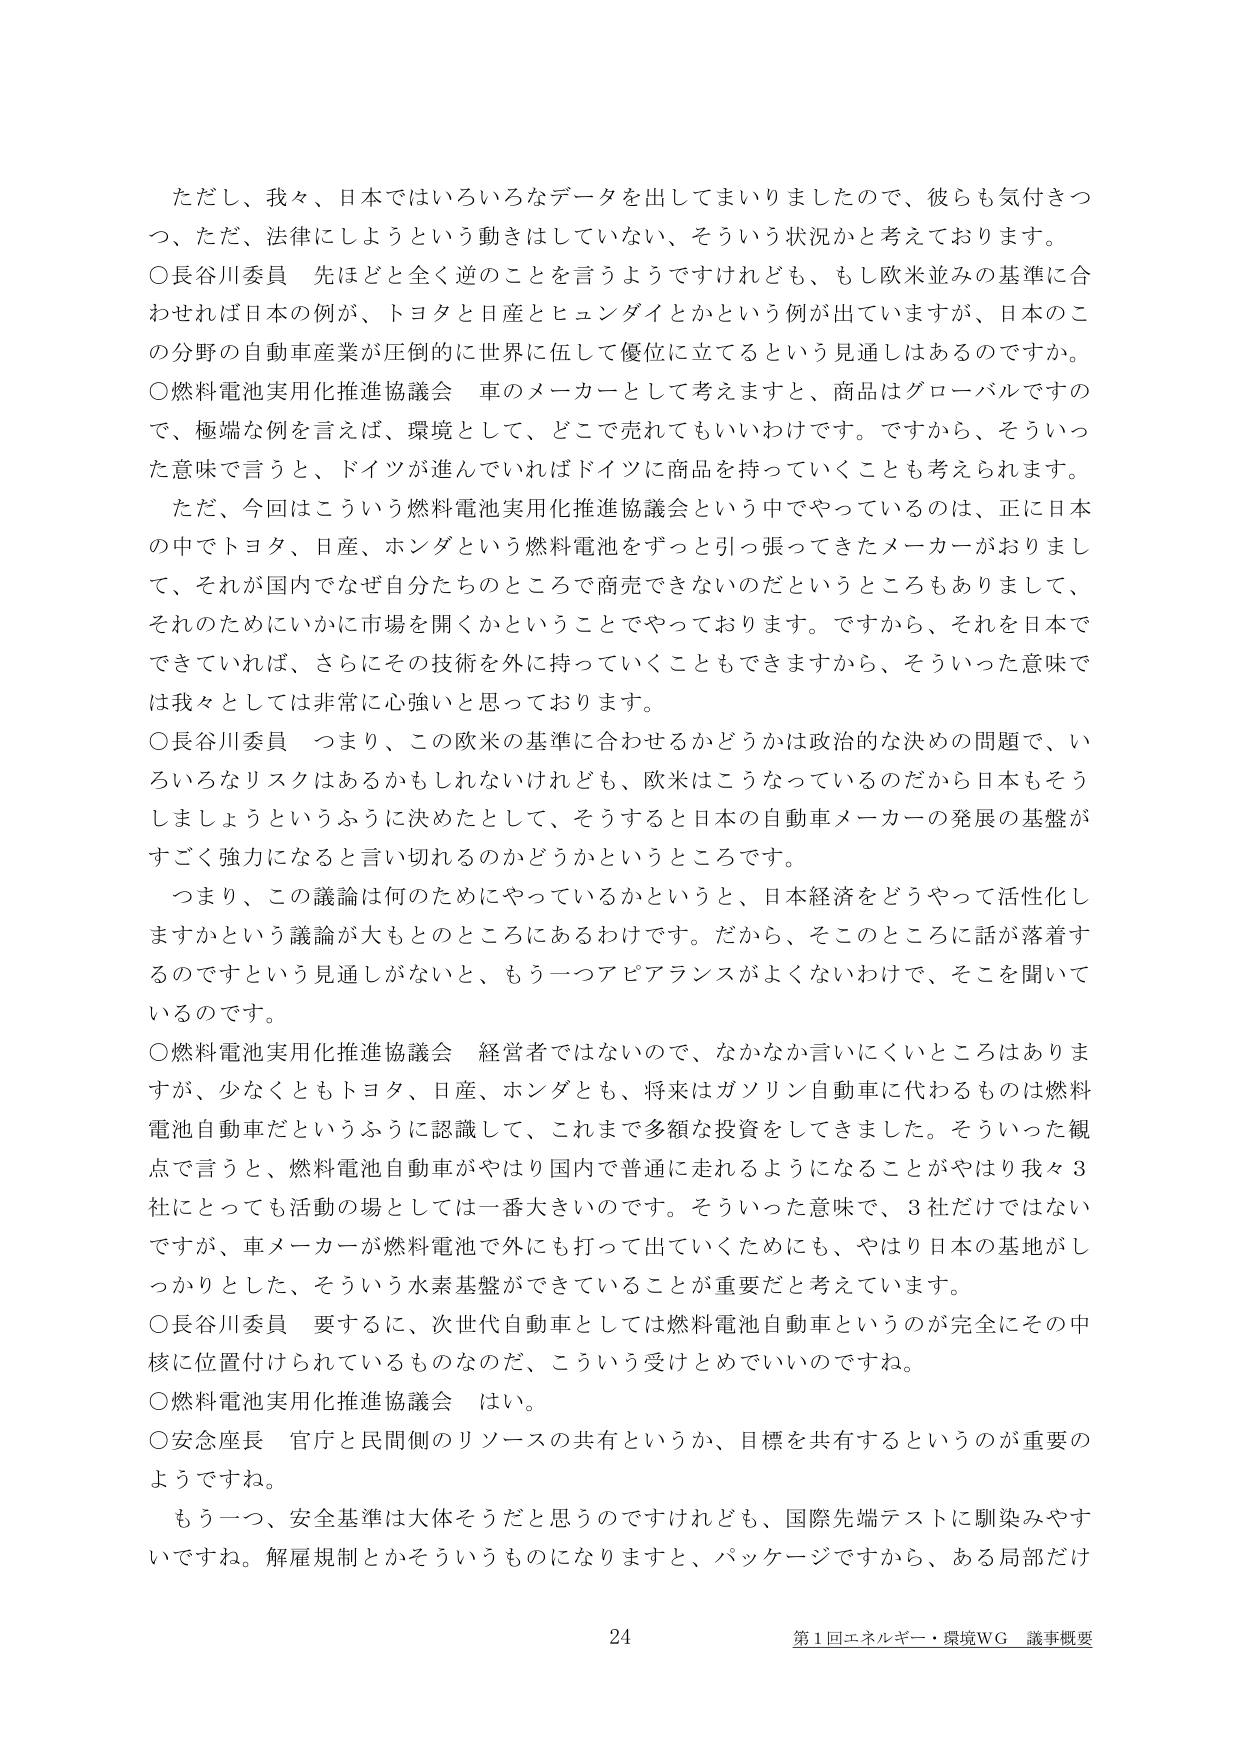
ただし、我々、日本ではいろいろなデータを出してまいりましたので、彼らも気付きつつ、ただ、法律にしようという動きはしていない、そういう状況かと考えております。

○長谷川委員　先ほどと全く逆のことを言うようですが、もし欧米並みの基準に合わせれば日本の例が、トヨタと日産とヒュンダイとかという例が出ていますが、日本のこの分野の自動車産業が圧倒的に世界に伍して優位に立てるという見通しはあるのですか。

○燃料電池実用化推進協議会　車のメーカーとして考えますと、商品はグローバルですので、極端な例を言えば、環境として、どこで売れててもいいわけです。ですから、そういった意味で言うと、ドイツが進んでいればドイツに商品を持っていくことも考えられます。

ただ、今回はこういう燃料電池実用化推進協議会という中でやっているのは、正に日本の中でトヨタ、日産、ホンダという燃料電池をずっと引っ張ってきたメーカーがおりまして、それが国内でなぜ自分たちのところで商売できないのだというところもありまして、それのためにいかに市場を開くかということでやっております。ですから、それを日本でできていれば、さらにその技術を外に持っていくこともできますから、そういった意味では我々としては非常に心強いと思っております。

○長谷川委員　つまり、この欧米の基準に合わせるかどうかは政治的な決めの問題で、いろいろなリスクはあるかもしれませんが、欧米はこうなっているのだから日本もそうしましょうというふうに決めたとして、そうすると日本の自動車メーカーの発展の基盤がすごく強力になると言い切れるのかどうかというところです。

つまり、この議論は何のためにやっているかというと、日本経済をどうやって活性化しますかという議論が大もとのところにあるわけです。だから、そこのところに話が落着するのですという見通しがないと、もう一つアビアランスがよくないわけで、そこを聞いているのです。

○燃料電池実用化推進協議会　経営者ではないので、なかなか言いにくいところはありますが、少なくともトヨタ、日産、ホンダとも、将来はガソリン自動車に代わるものは燃料電池自動車だというふうに認識して、これまで多額な投資をしてきました。そういった観点で言うと、燃料電池自動車がやはり国内で普通に走れるようになることがやはり我々3社にとっても活動の場としては一番大きいのです。そういった意味で、3社だけではないですが、車メーカーが燃料電池で外にも打って出ていくためにも、やはり日本の基地がしっかりとした、そういう水素基盤ができていることが重要だと考えています。

○長谷川委員　要するに、次世代自動車としては燃料電池自動車というのが完全にその中核に位置付けられているものなのだ、こういう受けとめていいのですね。

○燃料電池実用化推進協議会　はい。

○安念座長　官庁と民間側のリソースの共有というか、目標を共有するというのが重要のようですね。

もう一つ、安全基準は大体そうだと思うのですが、国際先端テストに馴染みやすいですね。解雇規制とかそういうものになりますと、パッケージですから、ある局部だけ

24
第1回エネルギー・環境WG 議事概要